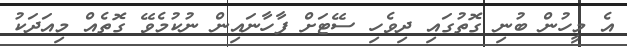
އެ މީހުން ބުނި ގޮތުގައި ދިވެހި ސޭޓަށް ފާހާނައިން ނުކުމެވޭ ގޮތެއް މިއަދަކު